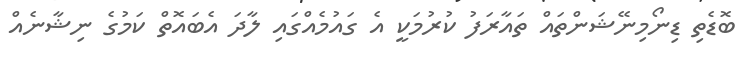
ބޮޑެތި ޑިނޯމިނޭޝަންތައް ތައާރަފު ކުރުމަކީ އެ ގައުމެއްގައި ލާދަ އެބައޮތް ކަމުގެ ނިޝާނެއް